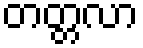
တတ္တလာ